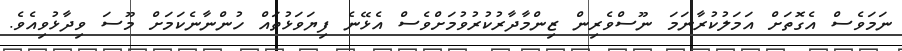
ނަމަވެސް އެގޮތަށް އަމަލުކުރާނަމަ ނޫސްވެރިން ޒިންމާދާރުކުރުވުމަށްވެސް އެޅޭނެ ފިޔަވަޅުތައް ހުންނާނެކަމަށް މޫސަ ވިދާޅުވިއެވެ.